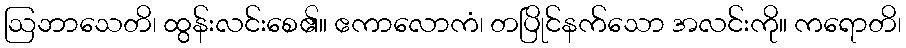
ဩဘာသေတိ၊ ထွန်းလင်းစေ၏။ ဧကာလောကံ၊ တပြိုင်နက်သော အလင်းကို။ ကရောတိ၊